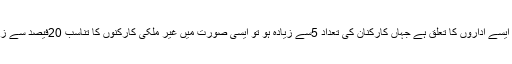
جہاں تک ایسے اداروں کا تعلق ہے جہاں کارکنان کی تعداد 5سے زیادہ ہو تو ایسی صورت میں غیر ملکی کارکنوں کا تناسب 20فیصد سے زیادہ نہ ہو۔